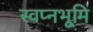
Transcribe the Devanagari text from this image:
स्वप्नभूमि